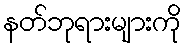
နတ်ဘုရားများကို